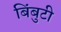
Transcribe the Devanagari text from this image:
बिंबुटी